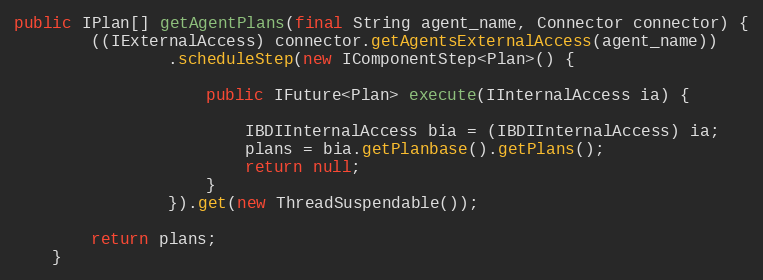
Language: Java
public IPlan[] getAgentPlans(final String agent_name, Connector connector) {
        ((IExternalAccess) connector.getAgentsExternalAccess(agent_name))
                .scheduleStep(new IComponentStep<Plan>() {

                    public IFuture<Plan> execute(IInternalAccess ia) {

                        IBDIInternalAccess bia = (IBDIInternalAccess) ia;
                        plans = bia.getPlanbase().getPlans();
                        return null;
                    }
                }).get(new ThreadSuspendable());

        return plans;
    }